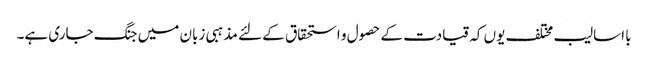
با اسالیب مختلف یوں کہ قیادت کے حصول و استحقاق کے لئے مذہبی زبان میں جنگ جاری ہے۔